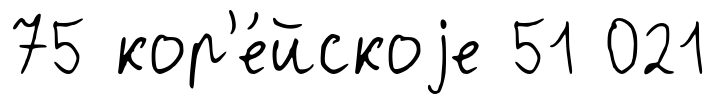
75 кор'е́йскоjе 51 021